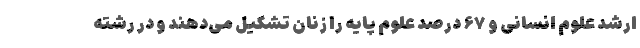
ارشد علوم انسانی و ۶۷ درصد علوم پایه را زنان تشکیل می‌دهند و در رشته